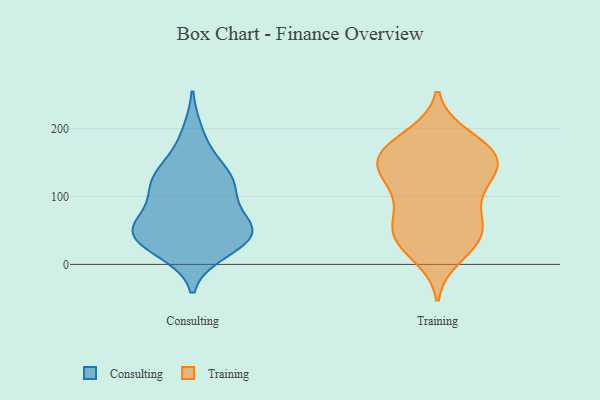
{"axis": {"x": "Population (Million)", "y": "Value"}, "legend": ["Consulting", "Training"], "data": [{"x": "", "y": 39, "type": "Consulting"}, {"x": "", "y": 20, "type": "Consulting"}, {"x": "", "y": 59, "type": "Consulting"}, {"x": "", "y": 111, "type": "Consulting"}, {"x": "", "y": 56, "type": "Consulting"}, {"x": "", "y": 107, "type": "Consulting"}, {"x": "", "y": 132, "type": "Consulting"}, {"x": "", "y": 193, "type": "Consulting"}, {"x": "", "y": 152, "type": "Consulting"}, {"x": "", "y": 122, "type": "Consulting"}, {"x": "", "y": 54, "type": "Consulting"}, {"x": "", "y": 54, "type": "Consulting"}, {"x": "", "y": 26, "type": "Consulting"}, {"x": "", "y": 50, "type": "Consulting"}, {"x": "", "y": 117, "type": "Consulting"}, {"x": "", "y": 41, "type": "Consulting"}, {"x": "", "y": 148, "type": "Training"}, {"x": "", "y": 188, "type": "Training"}, {"x": "", "y": 79, "type": "Training"}, {"x": "", "y": 114, "type": "Training"}, {"x": "", "y": 150, "type": "Training"}, {"x": "", "y": 32, "type": "Training"}, {"x": "", "y": 134, "type": "Training"}, {"x": "", "y": 129, "type": "Training"}, {"x": "", "y": 50, "type": "Training"}, {"x": "", "y": 152, "type": "Training"}, {"x": "", "y": 106, "type": "Training"}, {"x": "", "y": 49, "type": "Training"}, {"x": "", "y": 182, "type": "Training"}, {"x": "", "y": 32, "type": "Training"}, {"x": "", "y": 169, "type": "Training"}, {"x": "", "y": 160, "type": "Training"}, {"x": "", "y": 163, "type": "Training"}, {"x": "", "y": 72, "type": "Training"}, {"x": "", "y": 13, "type": "Training"}, {"x": "", "y": 46, "type": "Training"}]}